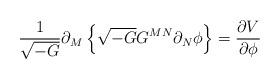
LaTeX: \begin{align*}\frac{1}{\sqrt{-G}}\partial_M\left\{\sqrt{-G}G^{MN}\partial_N\phi\right\}=\frac{\partial V}{\partial \phi}\end{align*}